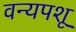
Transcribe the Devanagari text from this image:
वन्यपशू